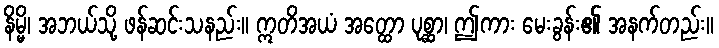
နိမ္မိ၊ အဘယ်သို့ ဖန်ဆင်းသနည်း။ ဣတိအယံ အတ္ထော ပုစ္ဆာ၊ ဤကား မေးခွန်း၏ အနက်တည်း။